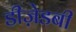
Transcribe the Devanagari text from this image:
डीज़ेडबी